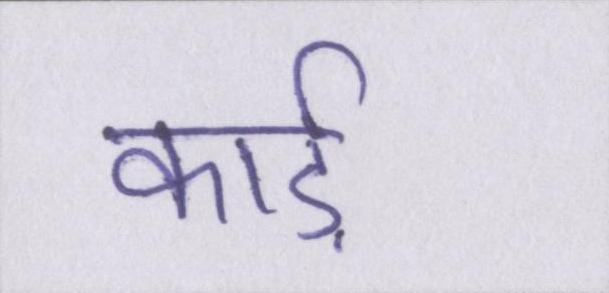
कार्ड़